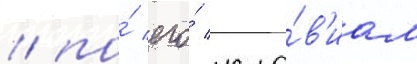
/ по́ его́ усло́в'иам